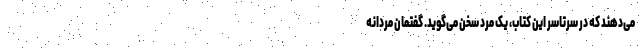
می‌دهند که در سرتاسرِ این کتاب، یک مرد سخن می‌گوید. گفتمانْ مردانه